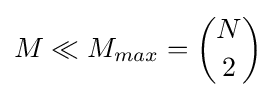
M\ll M_{max}={N \choose 2}